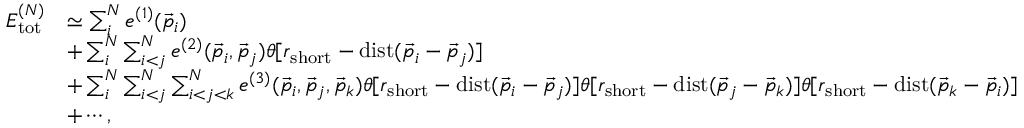
\begin{array} { r l } { E _ { \mathrm { t o t } } ^ { ( N ) } } & { \simeq \sum _ { i } ^ { N } e ^ { ( 1 ) } ( \vec { p } _ { i } ) } \\ & { + \sum _ { i } ^ { N } \sum _ { i < j } ^ { N } e ^ { ( 2 ) } ( \vec { p } _ { i } , \vec { p } _ { j } ) \theta [ r _ { \mathrm { s h o r t } } - \mathrm { d i s t } ( \vec { p } _ { i } - \vec { p } _ { j } ) ] } \\ & { + \sum _ { i } ^ { N } \sum _ { i < j } ^ { N } \sum _ { i < j < k } ^ { N } e ^ { ( 3 ) } ( \vec { p } _ { i } , \vec { p } _ { j } , \vec { p } _ { k } ) \theta [ r _ { \mathrm { s h o r t } } - \mathrm { d i s t } ( \vec { p } _ { i } - \vec { p } _ { j } ) ] \theta [ r _ { \mathrm { s h o r t } } - \mathrm { d i s t } ( \vec { p } _ { j } - \vec { p } _ { k } ) ] \theta [ r _ { \mathrm { s h o r t } } - \mathrm { d i s t } ( \vec { p } _ { k } - \vec { p } _ { i } ) ] } \\ & { + \cdots , } \end{array}